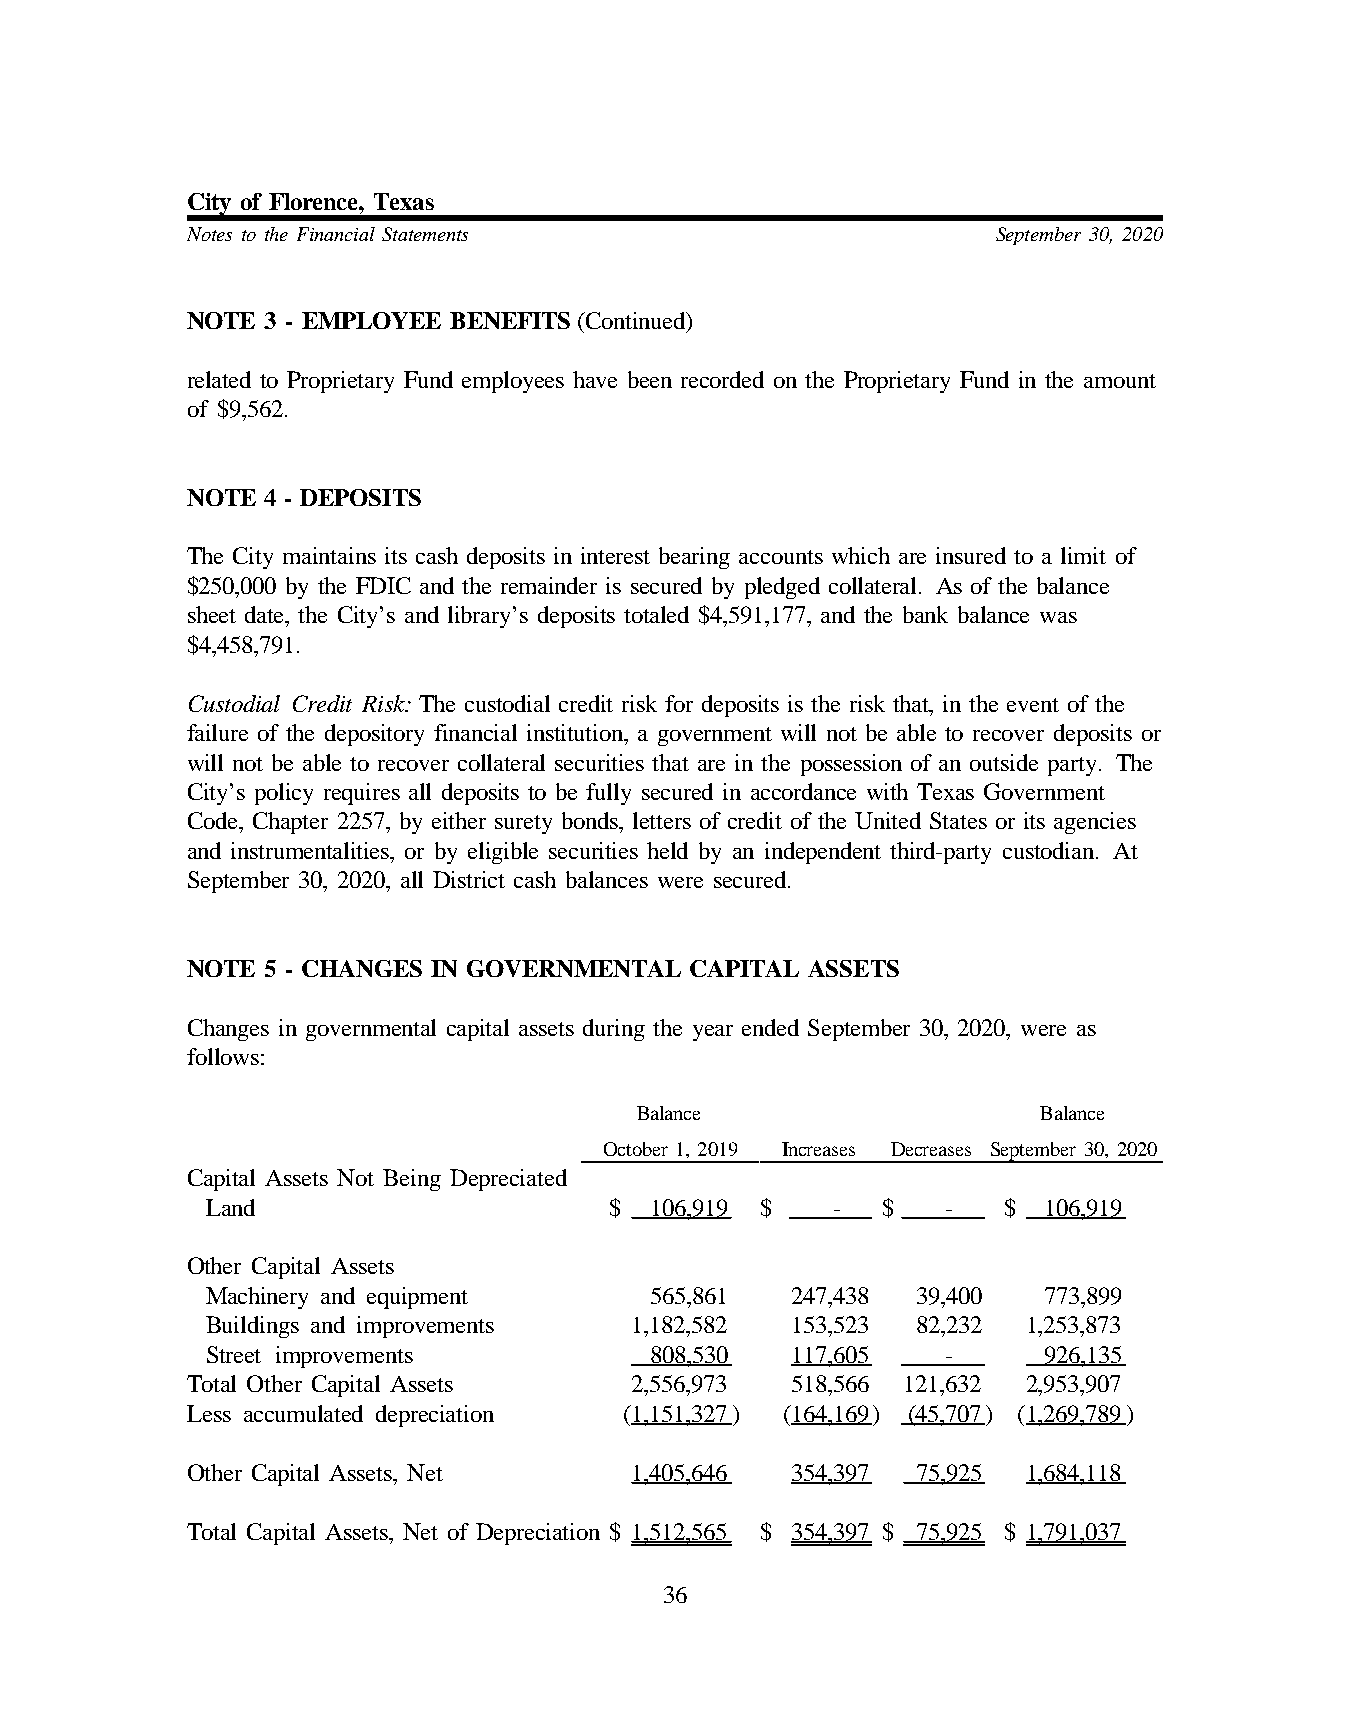
City of Florence, Texas
 Notes to the Financial Statements                     September 30, 2020
 NOTE  3 - EMPLOYEE BENEFITS (Continued)
 related to Proprietary Fund employees have been recorded on the Proprietary Fund in the amount
 of $9,562.
 NOTE  4 - DEPOSITS
 The City maintains its cash deposits in interest bearing accounts which are insured to a limit of
 $250,000 by the FDIC and the remainder is secured by pledged collateral. As of the balance
 sheet date, the City’s and library’s deposits totaled $4,591,177, and the bank balance was
 $4,458,791.
 Custodial Credit Risk: The custodial credit risk for deposits is the risk that, in the event of the
 failure of the depository financial institution, a government will not be able to recover deposits or
 will not be able to recover collateral securities that are in the possession of an outside party. The
 City’s policy requires all deposits to be fully secured in accordance with Texas Government
 Code, Chapter 2257, by either surety bonds, letters of credit of the United States or its agencies
 and instrumentalities, or by eligible securities held by an independent third-party custodian. At
 September 30, 2020, all District cash balances were secured.
 NOTE  5 - CHANGES IN GOVERNMENTAL CAPITAL ASSETS
 Changes in governmental capital assets during the year ended September 30, 2020, were as
 follows:
 Balance                    Balance
 October 1, 2019 Increases Decreases September 30, 2020
 Capital Assets Not Being Depreciated
 Land                      $  106,919 $   -  $    -  $  106,919
 Other Capital Assets
 Machinery and equipment      565,861  247,438  39,400  773,899
 Buildings and improvements  1,182,582 153,523  82,232 1,253,873
 Street improvements          808,530  117,605    -     926,135
 Total Other Capital Assets    2,556,973 518,566 121,632 2,953,907
 Less accumulated depreciation (1,151,327) (164,169) (45,707) (1,269,789)
 Other Capital Assets, Net     1,405,646 354,397  75,925 1,684,118
 Total Capital Assets, Net of Depreciation $ 1,512,565 $ 354,397 $ 75,925 $ 1,791,037
 36